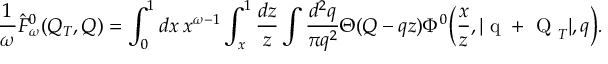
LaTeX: \frac { 1 } { \omega } \hat { F } _ { \omega } ^ { 0 } ( Q _ { T } , Q ) = \int _ { 0 } ^ { 1 } d x \: x ^ { \omega - 1 } \int _ { x } ^ { 1 } \frac { d z } { z } \int \frac { d ^ { 2 } q } { \pi q ^ { 2 } } \Theta ( Q - q z ) \Phi ^ { 0 } \biggl ( \frac { x } { z } , | \mathrm { \boldmath ~ q ~ } + \mathrm { \boldmath ~ Q ~ } _ { T } | , q \biggr ) .